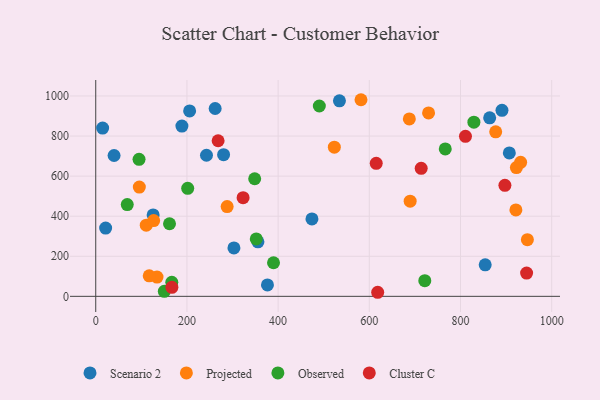
{"axis": {"x": "Distance", "y": "Exam Score"}, "legend": ["Cluster C", "Observed", "Projected", "Scenario 2"], "data": [{"x": "854.2", "y": 157.4, "type": "Scenario 2"}, {"x": "21.7", "y": 340.7, "type": "Scenario 2"}, {"x": "205.9", "y": 925.3, "type": "Scenario 2"}, {"x": "891.0", "y": 928.6, "type": "Scenario 2"}, {"x": "15.1", "y": 839.7, "type": "Scenario 2"}, {"x": "864.0", "y": 891.0, "type": "Scenario 2"}, {"x": "189.0", "y": 850.0, "type": "Scenario 2"}, {"x": "280.4", "y": 707.1, "type": "Scenario 2"}, {"x": "907.1", "y": 716.0, "type": "Scenario 2"}, {"x": "534.5", "y": 975.8, "type": "Scenario 2"}, {"x": "376.6", "y": 56.8, "type": "Scenario 2"}, {"x": "125.9", "y": 406.3, "type": "Scenario 2"}, {"x": "303.1", "y": 241.5, "type": "Scenario 2"}, {"x": "355.7", "y": 272.2, "type": "Scenario 2"}, {"x": "474.2", "y": 386.4, "type": "Scenario 2"}, {"x": "261.9", "y": 937.4, "type": "Scenario 2"}, {"x": "40.2", "y": 703.0, "type": "Scenario 2"}, {"x": "242.9", "y": 704.3, "type": "Scenario 2"}, {"x": "95.6", "y": 545.5, "type": "Projected"}, {"x": "134.4", "y": 96.0, "type": "Projected"}, {"x": "523.3", "y": 744.3, "type": "Projected"}, {"x": "110.8", "y": 355.4, "type": "Projected"}, {"x": "922.6", "y": 642.8, "type": "Projected"}, {"x": "730.0", "y": 915.3, "type": "Projected"}, {"x": "689.6", "y": 475.1, "type": "Projected"}, {"x": "288.2", "y": 448.1, "type": "Projected"}, {"x": "877.2", "y": 821.3, "type": "Projected"}, {"x": "127.0", "y": 378.0, "type": "Projected"}, {"x": "921.5", "y": 431.4, "type": "Projected"}, {"x": "117.3", "y": 102.3, "type": "Projected"}, {"x": "581.8", "y": 981.3, "type": "Projected"}, {"x": "687.8", "y": 885.7, "type": "Projected"}, {"x": "946.7", "y": 282.8, "type": "Projected"}, {"x": "931.9", "y": 668.8, "type": "Projected"}, {"x": "201.7", "y": 539.3, "type": "Observed"}, {"x": "161.8", "y": 362.2, "type": "Observed"}, {"x": "166.8", "y": 70.4, "type": "Observed"}, {"x": "389.9", "y": 167.6, "type": "Observed"}, {"x": "721.7", "y": 78.3, "type": "Observed"}, {"x": "829.4", "y": 869.2, "type": "Observed"}, {"x": "490.4", "y": 950.1, "type": "Observed"}, {"x": "766.6", "y": 735.5, "type": "Observed"}, {"x": "352.1", "y": 286.4, "type": "Observed"}, {"x": "348.6", "y": 586.8, "type": "Observed"}, {"x": "69.1", "y": 458.0, "type": "Observed"}, {"x": "150.4", "y": 24.8, "type": "Observed"}, {"x": "95.0", "y": 683.7, "type": "Observed"}, {"x": "897.4", "y": 554.0, "type": "Cluster C"}, {"x": "713.8", "y": 639.1, "type": "Cluster C"}, {"x": "167.0", "y": 45.1, "type": "Cluster C"}, {"x": "323.2", "y": 492.3, "type": "Cluster C"}, {"x": "810.9", "y": 798.7, "type": "Cluster C"}, {"x": "618.4", "y": 20.3, "type": "Cluster C"}, {"x": "268.4", "y": 776.6, "type": "Cluster C"}, {"x": "945.0", "y": 115.9, "type": "Cluster C"}, {"x": "615.2", "y": 663.8, "type": "Cluster C"}]}